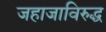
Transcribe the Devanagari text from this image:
जहाजाविरुद्ध